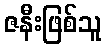
ဇနီးဖြစ်သူ